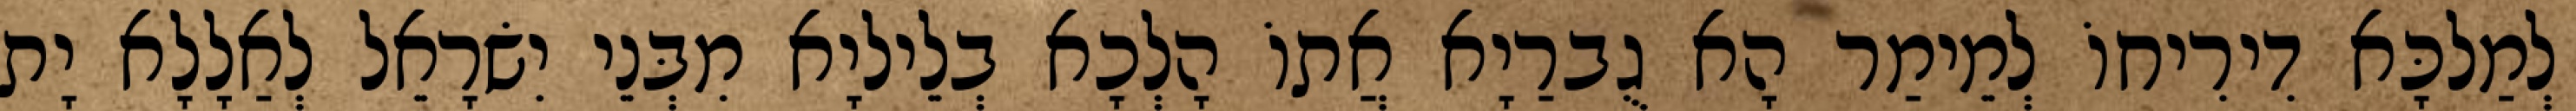
לְמַלכָּא דִירִיחוֹ לְמֵימַר הָא גֻברַיָא אֲתוֹ הָלְכָא בְלֵיליָא מִבְּנֵי יִשׂרָאֵל לְאַלָלָא יָת